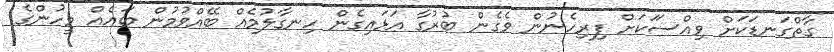
ގާތްގަނޑަކަށް ވިއްސަަކަށް ފިރިހެނުން ވެގެން ބުރުގާ އަޅައިގެން ހިނގާލުމެއް ބޭއްވުމުން ބައެއް މީހުންގެ